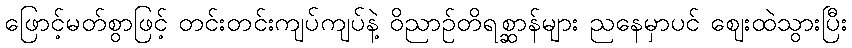
ဖြောင့်မတ်စွာဖြင့် တင်းတင်းကျပ်ကျပ်နဲ့ ဝိညာဉ်တိရစ္ဆာန်များ ညနေမှာပင် ဈေးထဲသွားပြီး